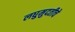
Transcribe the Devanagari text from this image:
लघुमुदतीचे